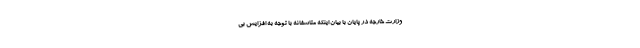
وزارت خارجه در پایان با بیان اینکه متاسفانه با توجه به افزایش بی